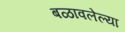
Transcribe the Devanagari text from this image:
बळावलेल्या